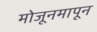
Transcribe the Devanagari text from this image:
मोजूनमापून